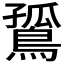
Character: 𪂲